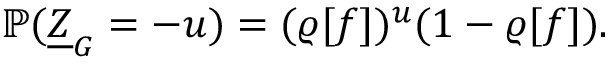
\mathbb { P } ( \underline { { Z } } _ { G } = - u ) = ( \varrho [ f ] ) ^ { u } ( 1 - \varrho [ f ] ) .